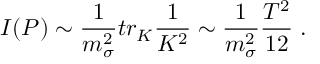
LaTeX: { \cal I } ( P ) \sim \frac { 1 } { m _ { \sigma } ^ { 2 } } t r _ { K } \frac { 1 } { K ^ { 2 } } \sim \frac { 1 } { m _ { \sigma } ^ { 2 } } \frac { T ^ { 2 } } { 1 2 } \; .